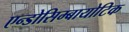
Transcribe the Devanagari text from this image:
एन्डोसिम्बायोटिक